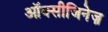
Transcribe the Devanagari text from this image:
ऑक्सीजिनेज़